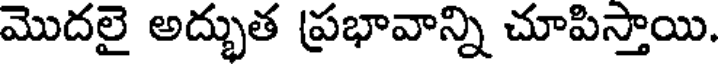
మొదలై అద్భుత ప్రభావాన్ని చూపిస్తాయి.